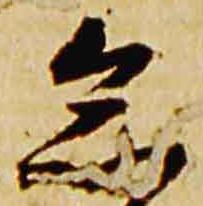
忩